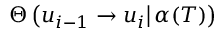
\Theta \left( u _ { i - 1 } \left. \rightarrow u _ { i } \right| \alpha ( T ) \right)